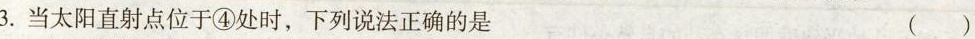
3.当太阳直射点位于④处时，下列说法正确的是 ( )